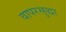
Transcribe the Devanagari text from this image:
वापरसुद्धा